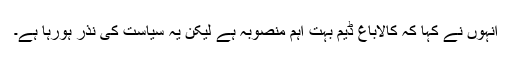
انہوں نے کہا کہ کالاباغ ڈیم بہت اہم منصوبہ ہے لیکن یہ سیاست کی نذر ہورہا ہے۔